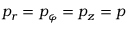
p _ { r } = p _ { \varphi } = p _ { z } = p